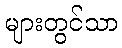
များတွင်သာ